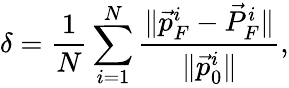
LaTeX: \delta=\frac{1}{N}\sum_{i=1}^{N}\frac{\lVert\vec{p}_{F}^{i}-\vec{P}_{F}^{i}\rVert}{\lVert\vec{p}_{0}^{i}\rVert},